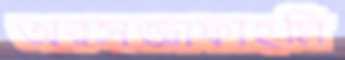
অরসজ্ঞাফাহমি